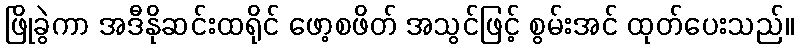
ဖြိုခွဲကာ အဒီနိုဆင်းထရိုင် ဖော့စဖိတ် အသွင်ဖြင့် စွမ်းအင် ထုတ်ပေးသည်။